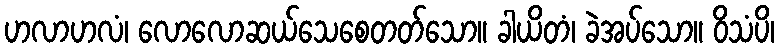
ဟလာဟလံ၊ လောလောဆယ်သေစေတတ်သော။ ခါယိတံ၊ ခဲအပ်သော။ ဝိသံပိ၊